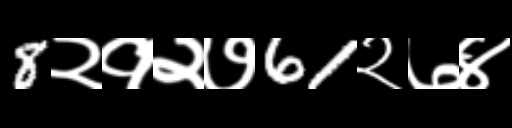
Text: 8२१२७61२७४